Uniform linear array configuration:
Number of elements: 8
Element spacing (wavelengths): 0.75
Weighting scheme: exponential
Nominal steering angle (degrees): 0
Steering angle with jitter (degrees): -0.9984
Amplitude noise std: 0.05
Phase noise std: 0.05

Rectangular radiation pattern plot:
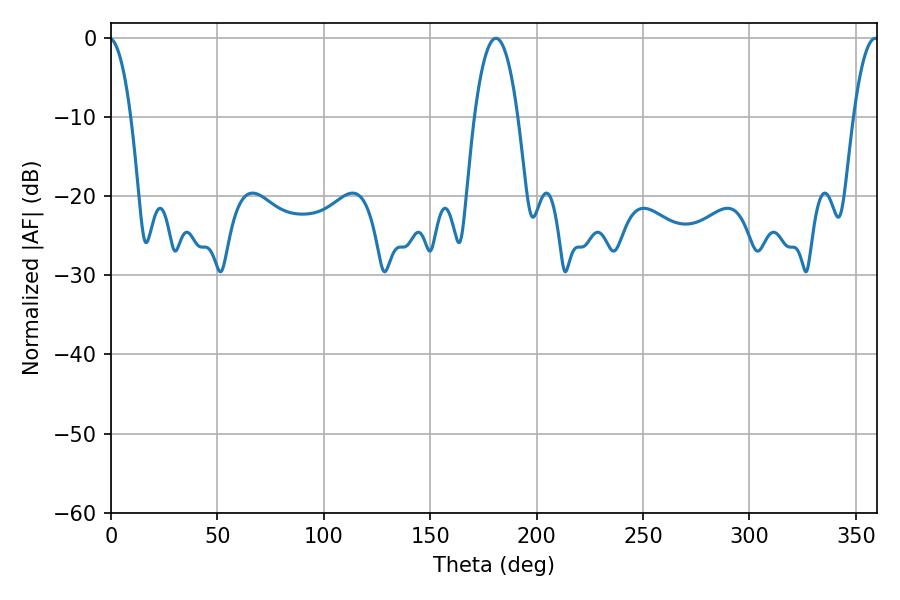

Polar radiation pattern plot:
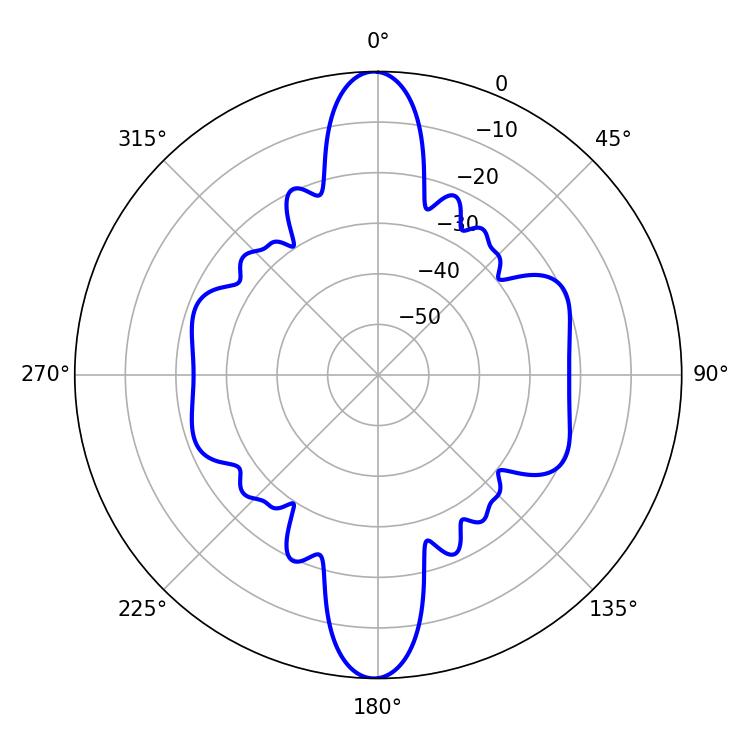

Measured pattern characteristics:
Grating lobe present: TRUE
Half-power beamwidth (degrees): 11.34
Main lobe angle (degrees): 180.9